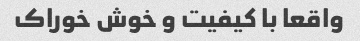
واقعا با کیفیت و خوش خوراک